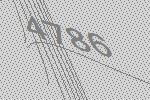
4786